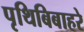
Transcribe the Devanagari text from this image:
पृथिबिबाहरे